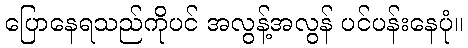
ပြောနေရသည်ကိုပင် အလွန့်အလွန် ပင်ပန်းနေပုံ။